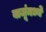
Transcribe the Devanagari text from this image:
बाजूंमध्ये